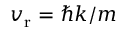
v _ { \mathrm { r } } = \hbar k / m